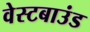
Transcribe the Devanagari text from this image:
वेस्टबाउंड